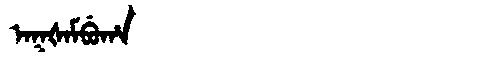
Manchu: ᠠᡴᡧᠠᠮᠪᡠᡥᠠ
Romanization: AKŠAMBUHA